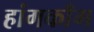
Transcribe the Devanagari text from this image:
हांगकाँग